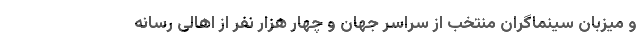
و میزبان سینماگران منتخب از سراسر جهان و چهار هزار نفر از اهالی رسانه